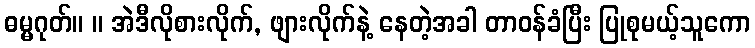
ဓမ္မဂုတ်။ ။ အဲဒီလိုစားလိုက်, ဖျားလိုက်နဲ့ နေတဲ့အခါ တာဝန်ခံပြီး ပြုစုမယ့်သူကော